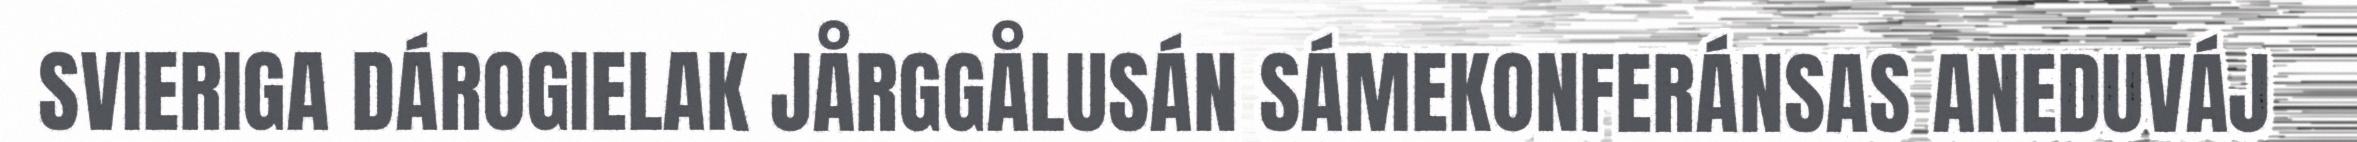
SVIERIGA DÁROGIELAK JÅRGGÅLUSÁN SÁMEKONFERÁNSAS ANEDUVÁJ